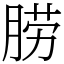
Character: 𦛨